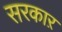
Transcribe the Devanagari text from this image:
सरकाऱ